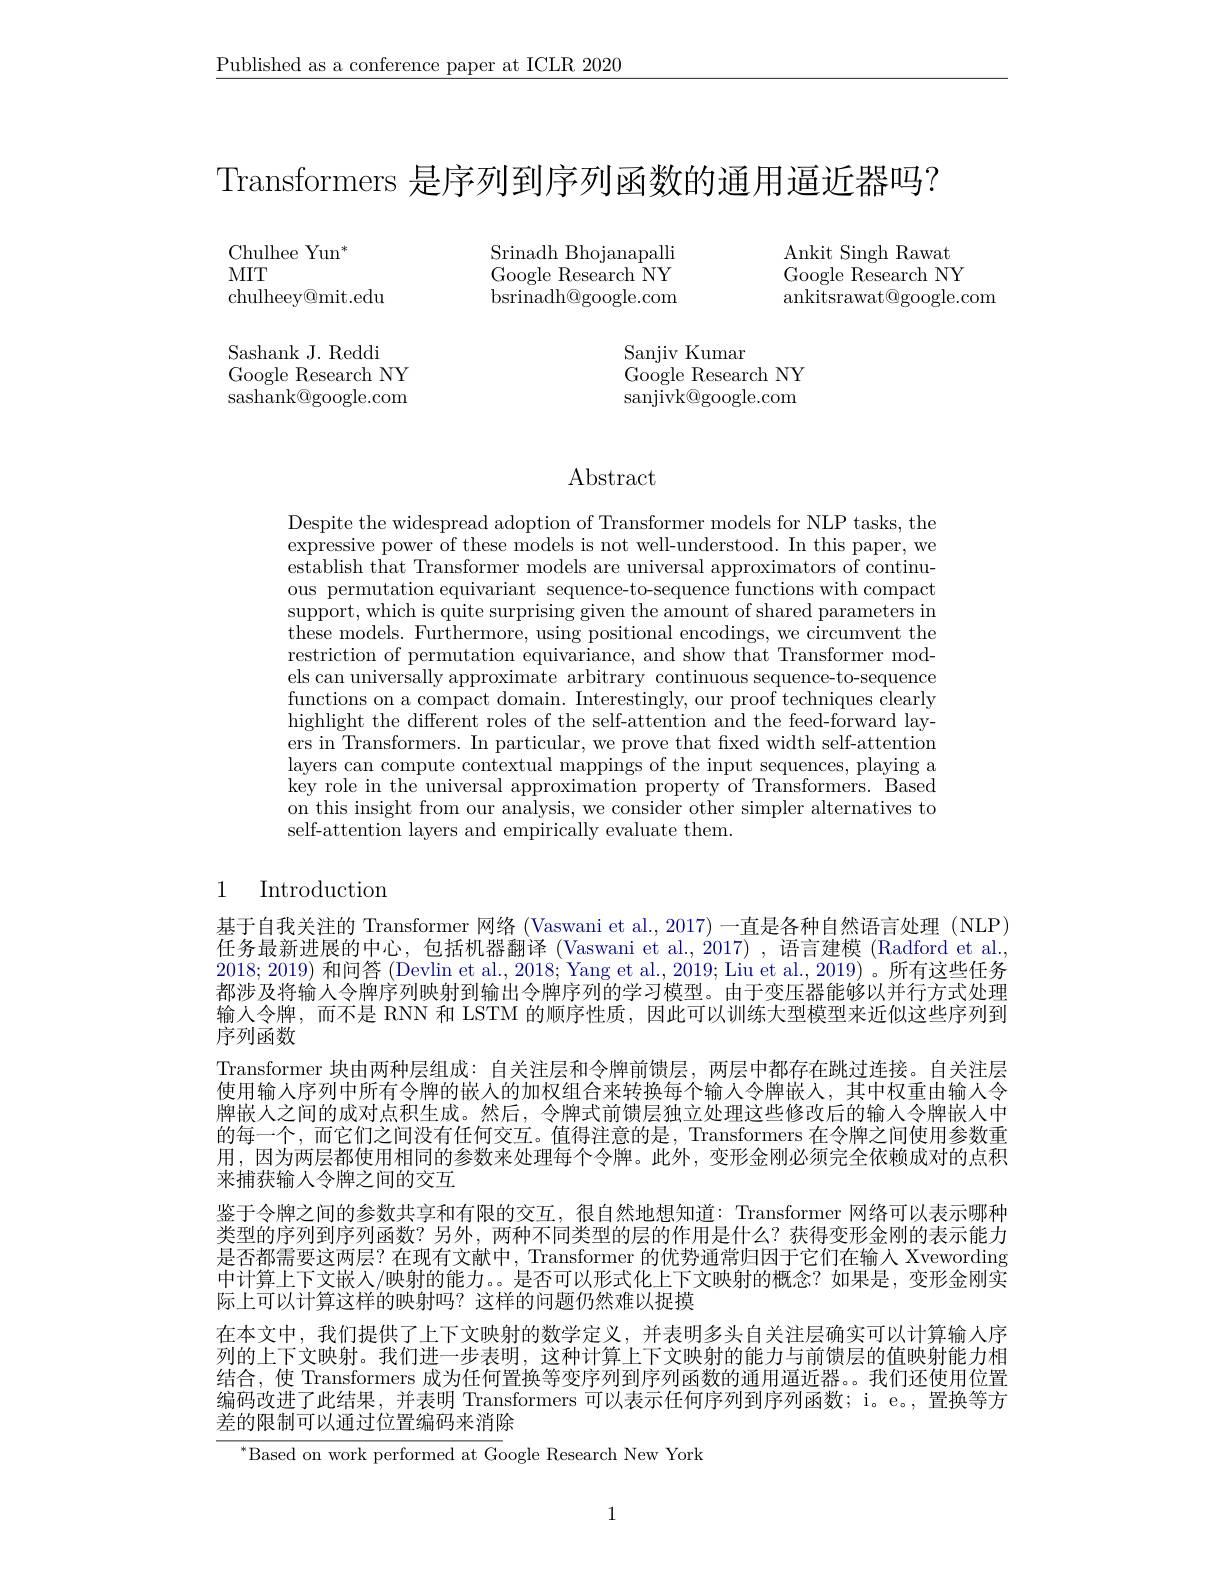
$\underline{\text{Published as a conference paper at ICLR 2020}}$

Transformers 是序列到序列函数的通用逼近器吗？

Chulhee Yun$^*$
MIT
chulheey@mit.edu

Srinadh Bhojanapalli Google Research NY $\mathop{\mathrm{bsrinadh@google.com}}$

Ankit Singh Rawat Google Research NY ankitsrawat@google.com

Sashank J. Reddi
Google Research NY $\mathop{\mathrm{sashank@google.com}}$

Sanjiv Kumar
Google Research NY sanjivk@google.com

# Abstract

Despite the widespread adoption of Transformer models for NLP tasks, the expressive power of these models is not well-understood. In this paper, we $\dot{\text{establish that Transformer models are universal approximators of continu-}}$ ous permutation equivariant sequence-to-sequence functions with compact support, which is quite surprising given the amount of shared parameters in these models. Furthermore, using positional encodings, we circumvent the restriction of permutation equivariance, and show that Transformer models can universally approximate arbitrary continuous sequence-to-sequence functions on a compact domain. Interestingly, our proof techniques clearly highlight the different roles of the self-attention and the feed-forward layers in Transformers. In particular, we prove that fixed width self-attention layers can compute contextual mappings of the input sequences, playing a key role in the universal approximation property of Transformers. Based on this insight from our analysis, we consider other simpler alternatives to self-attention layers and empirically evaluate them.

## 1 Introduction

基于自我关注的 Transformer 网络 (Vaswani et al., 2017) 一直是各种自然语言处理 (NLP) 任务最新进展的中心，包括机器翻译 (Vaswani et al.,2017) , 语言建模 (Radford et al., 2018; 2019) 和问答 (Devlin et al., 2018; Yang et al., 2019; Liu et al., 2019) 。所有这些任务都涉及将输人令牌序列映射到输出令牌序列的学习模型。由于变压器能够以并行方式处理输入令牌，而不是 RNN 和 LSTM 的顺序性质，因此可以训练大型模型来近似这些序列到序列函数
Transformer 块由两种层组成：自关注层和令牌前馈层，两层中都存在跳过连接。自关注层使用输入序列中所有令牌的嵌人的加权组合来转换每个输入令牌嵌人，其中权重由输人令牌嵌人之间的成对点积生成。然后，令牌式前馈层独立处理这些修改后的输入令牌嵌人中的每一个，而它们之间没有任何交互。值得注意的是，Transformers 在令牌之间使用参数重用，因为两层都使用相同的参数来处理每个令牌。此外，变形金刚必须完全依赖成对的点积来捕获输人令牌之间的交互
鉴于令牌之间的参数共享和有限的交互，很自然地想知道：Transformer 网络可以表示哪种类型的序列到序列函数？另外，两种不同类型的层的作用是什么？获得变形金刚的表示能力是否都需要这两层？在现有文献中，Transformer 的优势通常归因于它们在输入 Xvewording 中计算上下文嵌人/映射的能力。。是否可以形式化上下文映射的概念？如果是，变形金刚实际上可以计算这样的映射吗？这样的问题仍然难以捉摸
在本文中，我们提供了上下文映射的数学定义，并表明多头自关注层确实可以计算输人序列的上下文映射。我们进一步表明，这种计算上下文映射的能力与前馈层的值映射能力相结合，使 Transformers 成为任何置换等变序列到序列函数的通用逼近器。。我们还使用位置编码改进了此结果，并表明 Transformers 可以表示任何序列到序列函数；i。e。, 置换等方差的限制可以通过位置编码来消除
$^{*}$Based on work performed at Google Research New York

1